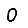
Digit: 0